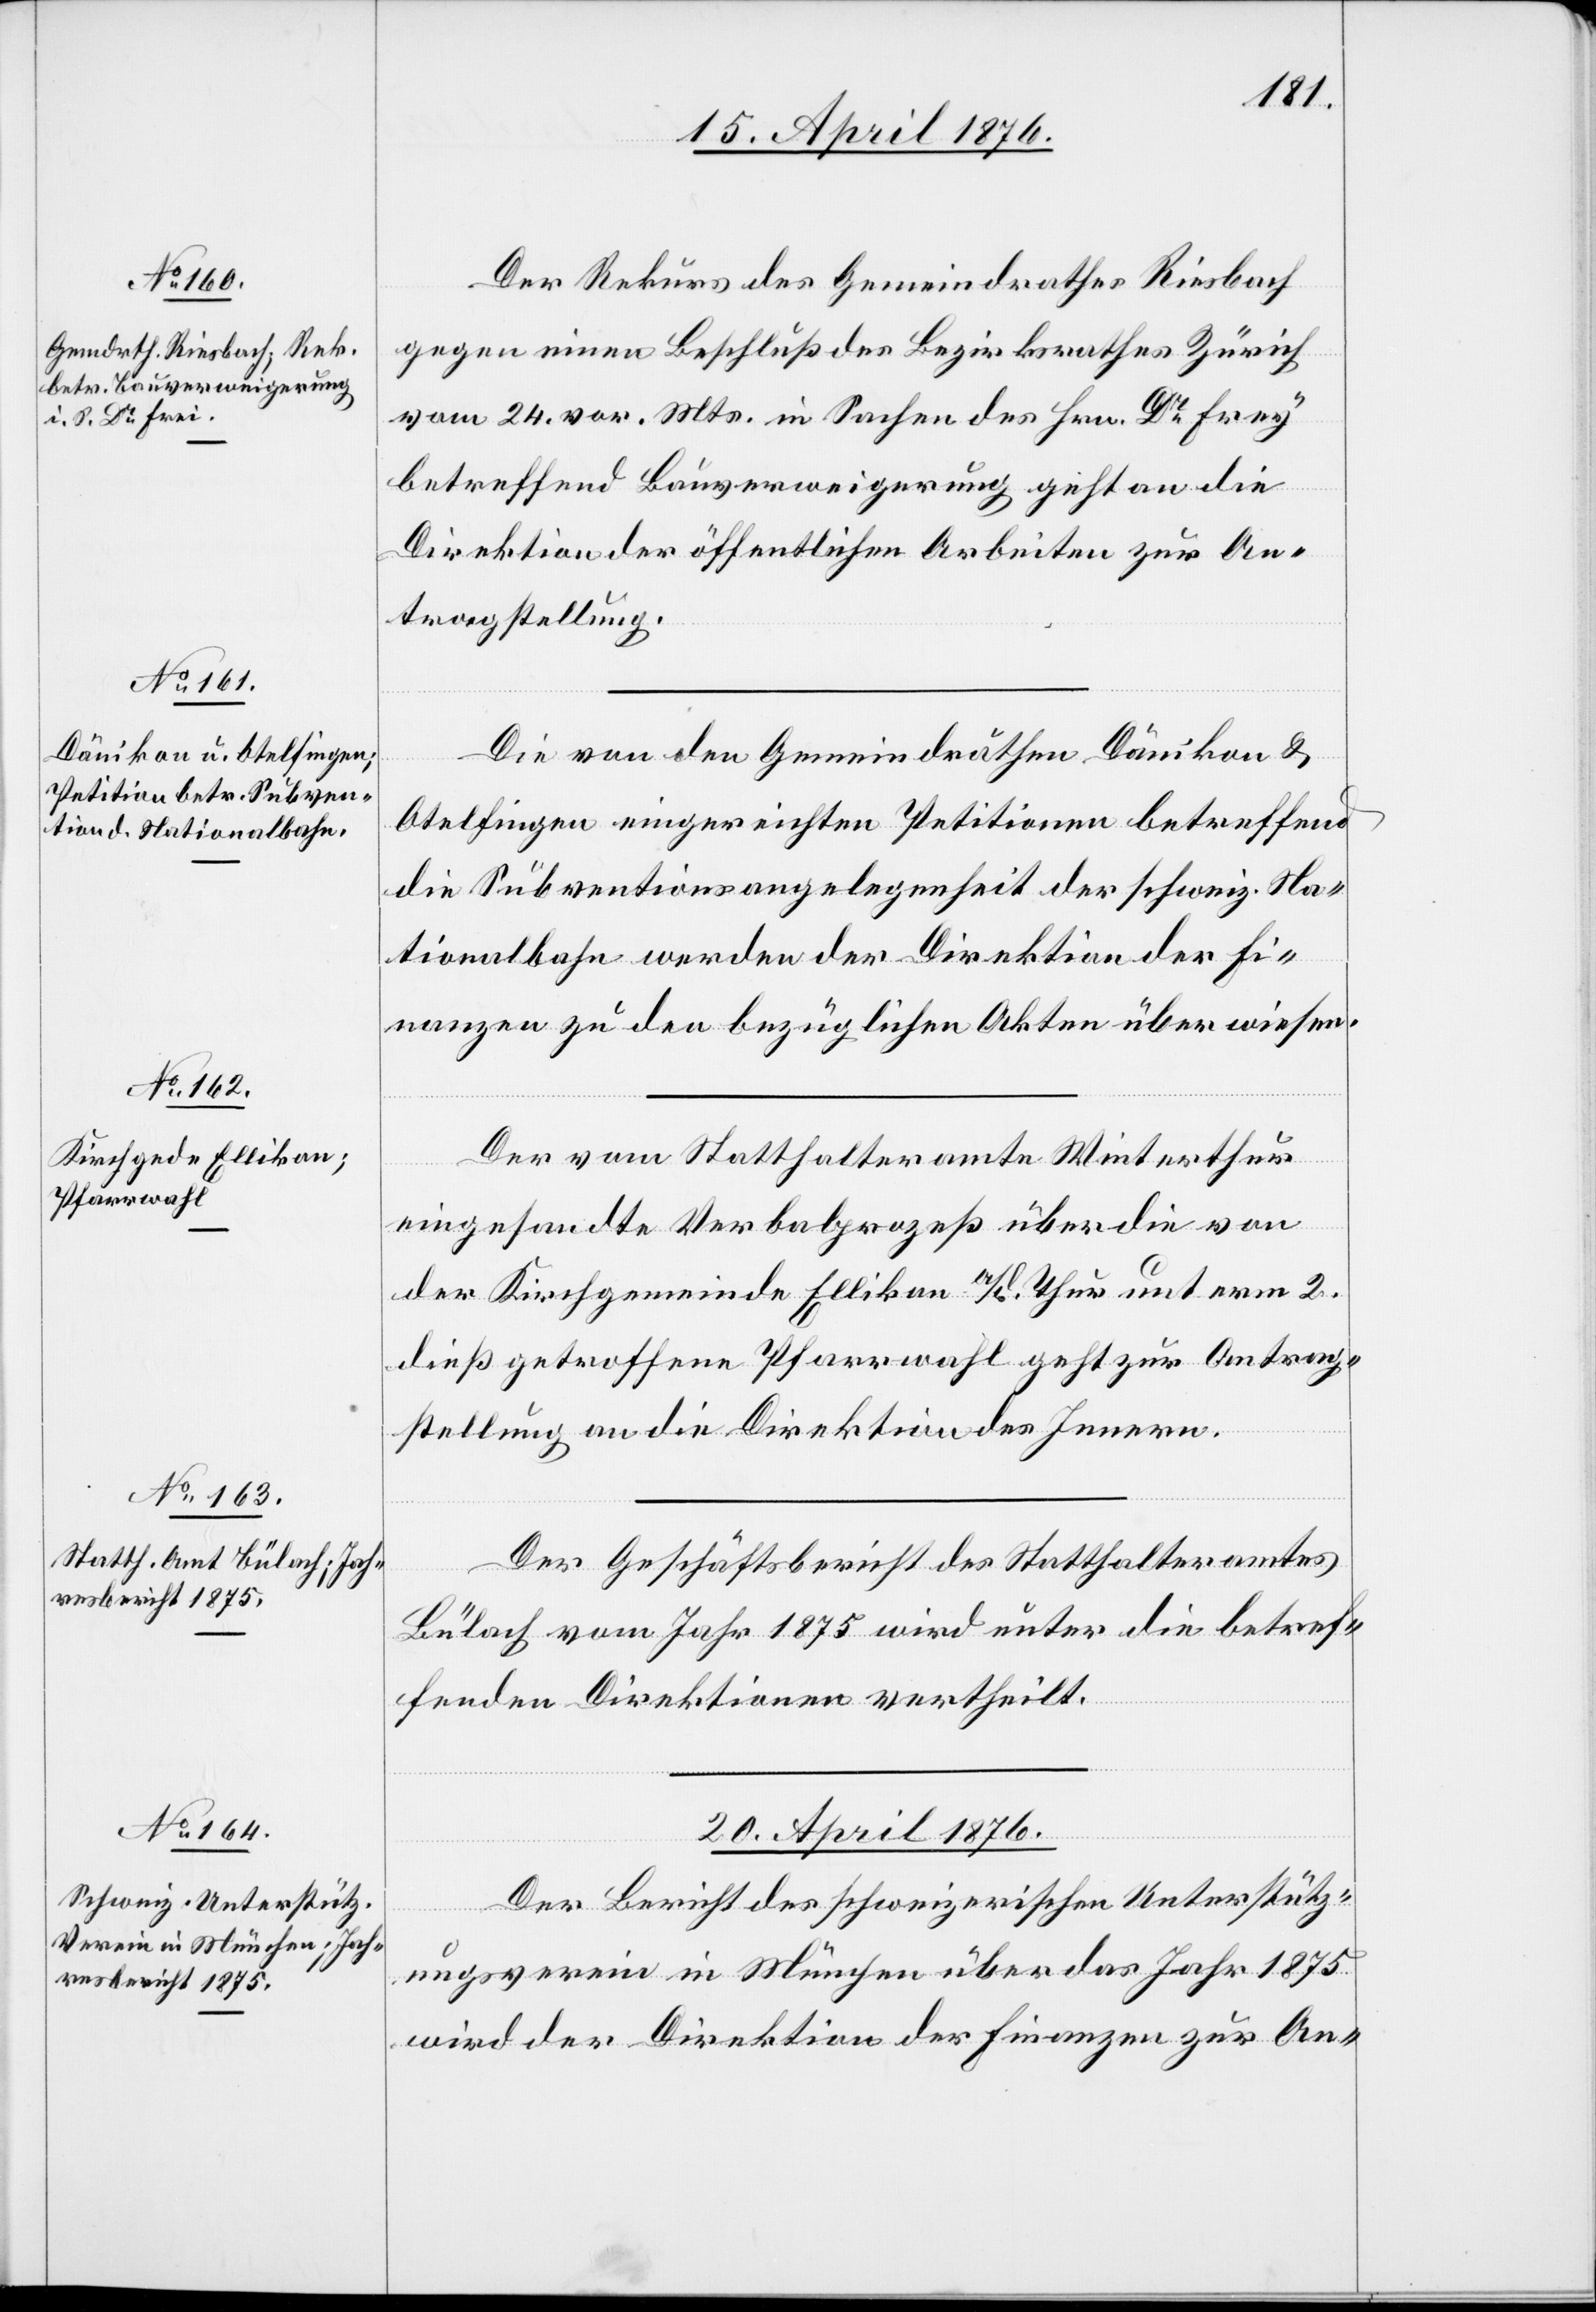
19. April 1876.]
Der Rekurs des Gemeindrathes Riesbach
gegen einen Beschluß des Bezirksrathes Zürich
vom 24. vor. Mts. in Sachen des Hrn. Dr Frey
betreffend Bauverweigerung geht an die
Direktion der öffentlichen Arbeiten zur An¬
tragstellung.
Die von den Gemeindräthen Dänikon &
Otelfingen eingereichten Petitionen betreffend
die Subventionsangelegenheit der schweiz. Na¬
tionalbahn werden der Direktion der Fi¬
nanzen zu den bezüglichen Akten überwiesen.
Der vom Statthalteramte Winterthur
eingesandte Verbalprozeß über die von
der Kirchgemeinde Ellikon a/d Thur unterm 2.
dieß getroffenen Pfarrwahl geht zur Antrag¬
stellung an die Direktion des Innern.
Der Geschäftsbericht des Statthalteramtes
Bülach vom Jahr 1875 wird unter die betref¬
fenden Direktionen vertheilt.
20. April 1876.]
Der Bericht des schweizerischen Unterstütz¬
ungsverein in München über das Jahr 1875
wird der Direktion der Finanzen zur An-